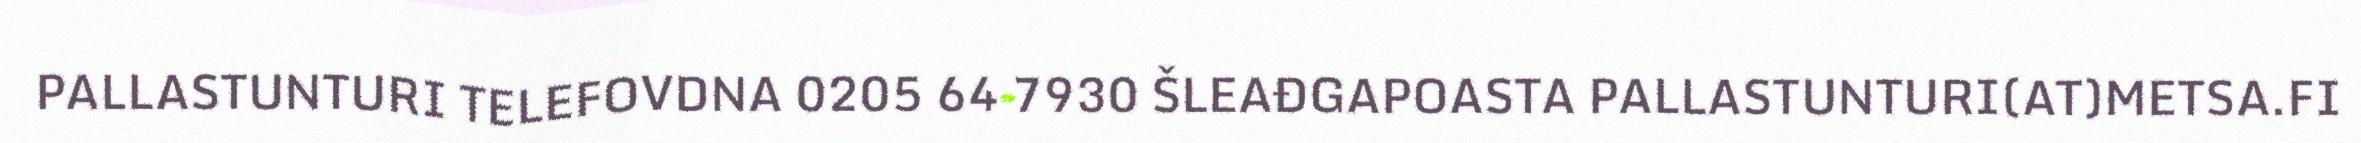
PALLASTUNTURI TELEFOVDNA 0205 64 7930 ŠLEAĐGAPOASTA PALLASTUNTURI(AT)METSA.FI